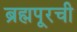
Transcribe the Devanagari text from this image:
ब्रह्मपूरची